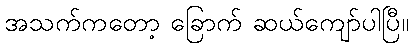
အသက်ကတော့ ခြောက် ဆယ်ကျော်ပါပြီ။